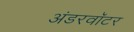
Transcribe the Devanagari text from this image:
अंडरवॉटर